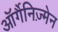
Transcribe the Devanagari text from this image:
ऑर्गैनिज़्मेन